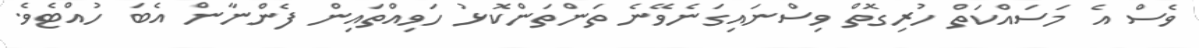
ވެސް އެ މަސައްކަތް ހުރިގޮތް ވިސްނައިގަނެވޭނެ ތަންތަންކޮޅު ހަވިއްތައިން ފެންނާން އެބަ ހުއްޓެވެ.